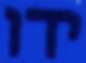
ידו